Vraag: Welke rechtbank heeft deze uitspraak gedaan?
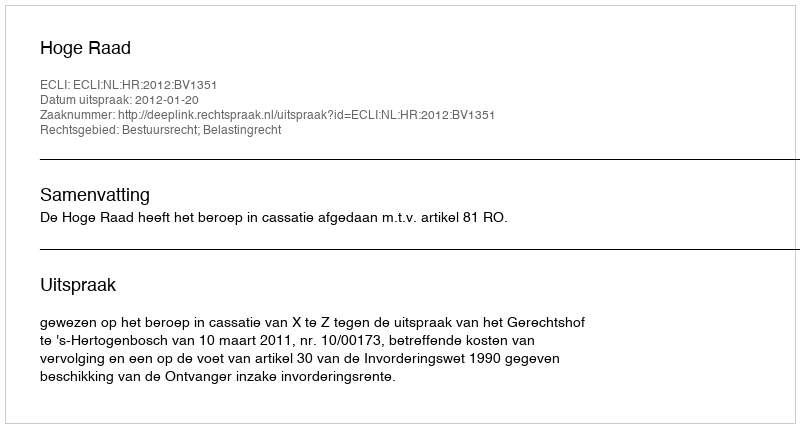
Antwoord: Hoge Raad